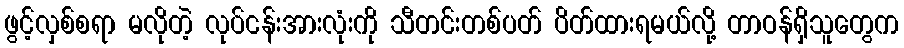
ဖွင့်လှစ်စရာ မလိုတဲ့ လုပ်ငန်းအားလုံးကို သီတင်းတစ်ပတ် ပိတ်ထားရမယ်လို့ တာဝန်ရှိသူတွေက